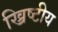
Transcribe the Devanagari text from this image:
ख्रिष्टीय